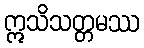
ဣသိသတ္တမဿ